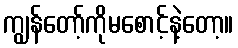
ကျွန်တော့်ကိုမစောင့်နဲ့တော့။